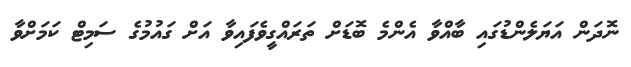
ނޮދަން އަޔަލެންޑުގައި ބާއްވާ އެންމެ ބޮޑަށް ތަރައްގީވެފައިވާ އަށް ގައުމުގެ ސަމިޓް ކަމަށްވާ